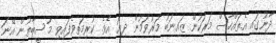
ދާނުގައި އެތައްހާސް މަރަކުން ޒައިނަބު މަރުވަމުން ދިޔަ އެވެ. ކުރިމަތިވެފައިވި މުސީބާތުން އޭނަ